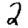
Digit: 2